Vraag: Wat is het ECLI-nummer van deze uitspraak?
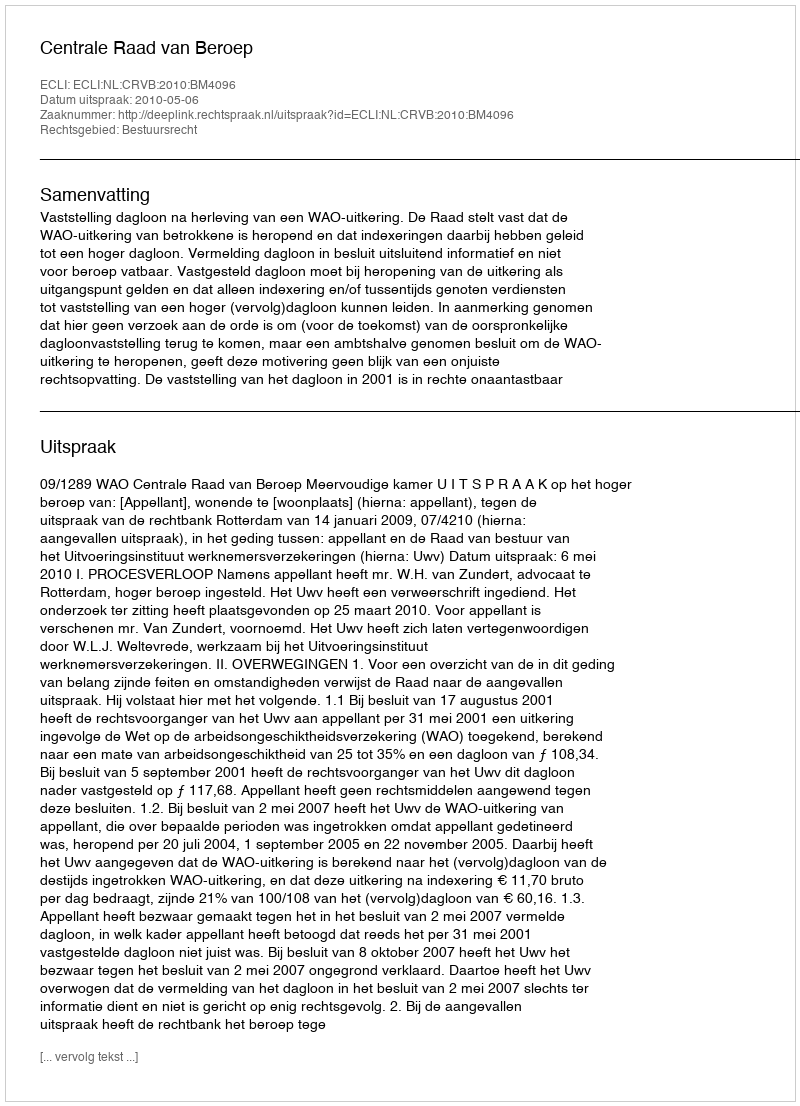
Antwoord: ECLI:NL:CRVB:2010:BM4096